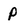
Character: p